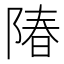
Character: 𬯌